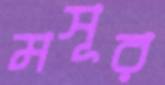
মসূর